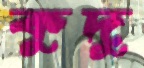
কুদু